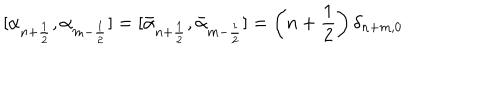
[ \alpha _ { n + { \frac { 1 } { 2 } } } , \alpha _ { m - { \frac { 1 } { 2 } } } ] = [ \bar { \alpha } _ { n + { \frac { 1 } { 2 } } } , \bar { \alpha } _ { m - { \frac { 1 } { 2 } } } ] = \left( n + { \frac { 1 } { 2 } } \right) \delta _ { n + m , 0 }